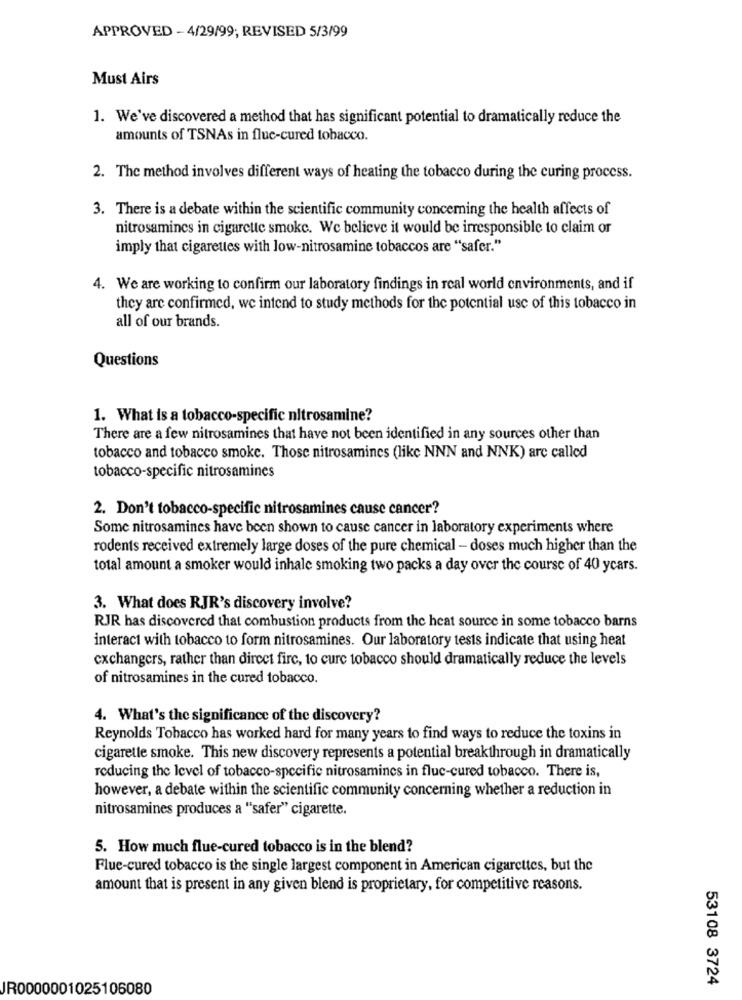
APPROVED - 4/29/99; REVISED 5/3/99
Must Airs
1. We've discovered a method that has significant potential to dramatically reduce the
amounts of TSNAs in flue-cured tobacco.
2. The method involves different ways of heating the tobacco during the curing process.
3. There is a debate within the scientific community conceming the health affects of
nitrosamincs in cigarette smoke. We believe it would be irresponsible to claim or
imply that cigarettes with low-nitrosamine tobaccos are "safer."
4. We are working to confirm our laboratory findings in real world environments, and if
they are confirmed, we intend to study methods for the potential use of this tobacco in
all of our brands.
Questions
1. What is a tobacco-specific nitrosamine?
There are a few nitrosamines that have not been identified in any sources other than
tobacco and tobacco smoke. Those nitrosamines (like NNN and NNK) are called
tobacco-specific nitrosamines
2. Don't tobacco-specific nitrosamines cause cancer?
Some nitrosamines have been shown to cause cancer in laboratory experiments where
rodents received extremely large doses of the pure chemical - doses much higher than the
total amount a smoker would inhale smoking two packs a day over the course of 40 ycars.
3. What does RJR's discovery involve?
RJR has discovered that combustion products from the heat source in some tobacco barns
interact with tobacco to form nitrosamines. Our laboratory tests indicate that using heat
cxchangers, rather than direct fire, to cure tobacco should dramatically reduce the levels
of nitrosamines in the cured tobacco.
4. What's the significance of the discovery?
Reynolds Tobacco has worked hard for many years to find ways to reduce the toxins in
cigarette smoke. This new discovery represents a potential breakthrough in dramatically
reducing the level of tobacco-specific nitrosamines in fluc-cured tobacco. There is,
however, a debate within the scientific community concerning whether a reduction in
nitrosamines produces a ""safer" cigarette.
5. How much flue-cured tobacco is in the blend?
Flue-cured tobacco is the single largest component in American cigarettes, but the
amount that is present in any given blend is proprietary, for competitive reasons.
53108 3724
JR0000001025106080